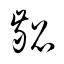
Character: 齠